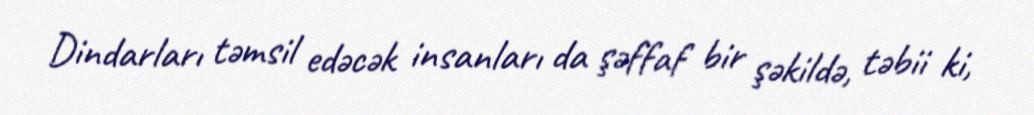
Dindarları təmsil edəcək insanları da şəffaf bir şəkildə, təbii ki,